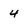
Character: 4